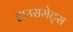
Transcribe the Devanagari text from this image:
हाउसमेट्स